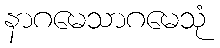
နာဂမေသာဂမေသုံ